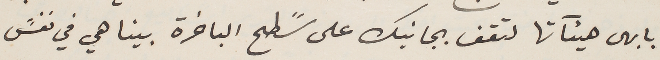
بابهى هيئَاتها لتقف بجانبك على سًطح الباخرة بينا هي في نفسً